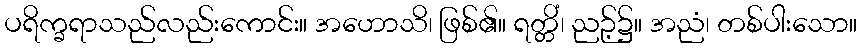
ပရိက္ခရာသည်လည်းကောင်း။ အဟောသိ၊ ဖြစ်၏။ ရတ္တိံ၊ ညဉ့်၌။ အညံ၊ တစ်ပါးသော။